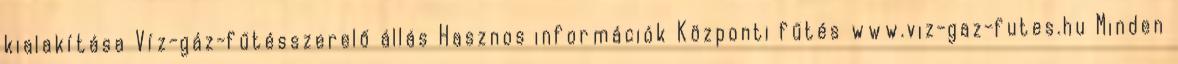
kialakítása Víz-gáz-fűtésszerelő állás Hasznos információk Központi fűtés www.viz-gaz-futes.hu Minden